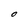
Character: O